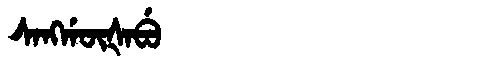
Manchu: ᠰᠠᠩᡤᡡᡧᠠᠪᡠ
Romanization: SANGGŪŠABU